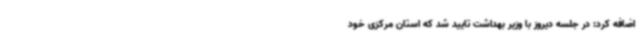
اضافه کرد: در جلسه دیروز با وزیر بهداشت تایید شد که استان مرکزی خود